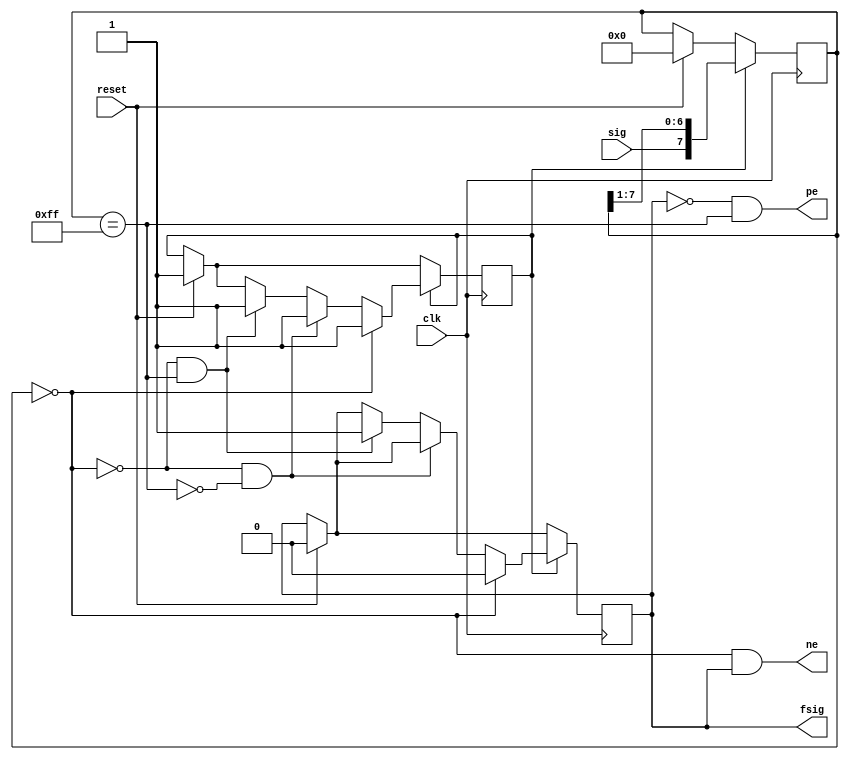
`timescale 1ns / 1ps
//////////////////////////////////////////////////////////////////////////////////
// Company: 
// Engineer: 
// 
// Design Name: 
// Module Name:    Filter 
// Project Name: 
// Target Devices: 
// Tool versions: 
// Description: 
//
// Dependencies: 
//
// Revision: 
// Revision 0.01 - File Created
// Additional Comments: 
//
//////////////////////////////////////////////////////////////////////////////////
module Filter(sig, reset, clk ,fsig, ne, pe
    );
	 input sig, reset, clk;
	 output reg  fsig;
output	 ne, pe;
	 reg [7:0] fR;
	 reg state=0;
	 wire A0s, A01;

	assign A0s = (fR == 0);	 
	assign A1s= (fR==8'hFF);
	assign ne = A0s & fsig;
	assign pe= !fsig & A1s;
	 always @ (posedge clk)
begin//alwasy
	 	 if(reset)
		 begin 
		 fR<=0; fsig<=0; state<=1;
		 end
		 case (state)
 1: 
	 begin
		 fR<={sig,fR[7:1]};
		 
		 if(A0s) begin fsig<=0; state<=1;end
		 else if(A0s==0 && A1s==0) state<=1;
		 else if(A0s==0 && A1s==1) begin fsig<=1; state<=1; end
	 end
	 
endcase
end
endmodule